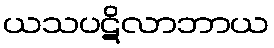
ယသပဋိလာဘာယ